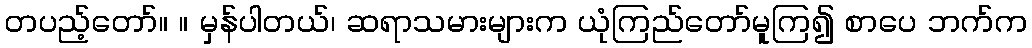
တပည့်တော်။ ။ မှန်ပါတယ်၊ ဆရာသမားများက ယုံကြည်တော်မူကြ၍ စာပေ ဘက်က